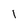
Character: I